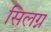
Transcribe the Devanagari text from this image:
सिलग्न